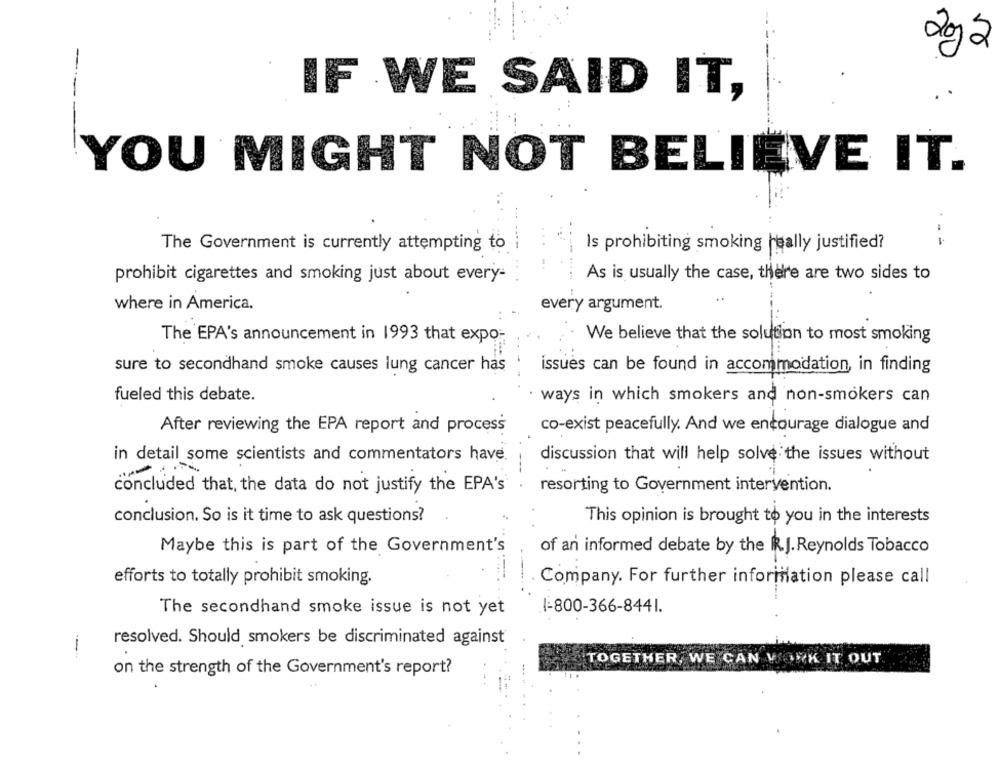
292
--
IF WE SAID IT,
-
YOU MIGHT NOT BELIEVE IT.
The Government is currently attempting to
--
Is prohibiting smoking really justified?
As is usually the case, there are two sides to
prohibit cigarettes and smoking just about every-
where in America.
every argument.
The EPA's announcement in 1993 that expo-
We believe that the solution to most smoking
sure to secondhand smoke causes lung cancer has
issues can be found in accommodation, in finding
fueled this debate.
· ways in which smokers and non-smokers can
After reviewing the EPA report and process
co-exist peacefully. And we encourage dialogue and
in detail some scientists and commentators have.
discussion that will help solve the issues without
concluded that, the data do not justify the EPA's
resorting to Government intervention.
conclusion. So is it time to ask questions?
This opinion is brought to you in the interests
Maybe this is part of the Government's
of an informed debate by the IR.J. Reynolds Tobacco
efforts to totally prohibit smoking.
Company. For further information please call
The secondhand smoke issue is not yet
I-800-366-8441.
resolved. Should smokers be discriminated against
----
TOGETHER, WE CAN WORK IT OUT
on the strength of the Government's report?